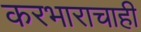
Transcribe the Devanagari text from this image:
करभाराचाही